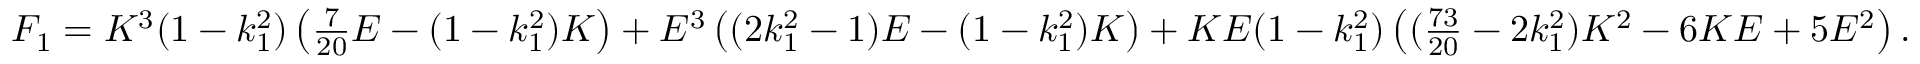
\begin{array} { r } { F _ { 1 } = K ^ { 3 } ( 1 - k _ { 1 } ^ { 2 } ) \left( \frac { 7 } { 2 0 } E - ( 1 - k _ { 1 } ^ { 2 } ) K \right) + E ^ { 3 } \left( ( 2 k _ { 1 } ^ { 2 } - 1 ) E - ( 1 - k _ { 1 } ^ { 2 } ) K \right) + K E ( 1 - k _ { 1 } ^ { 2 } ) \left( ( \frac { 7 3 } { 2 0 } - 2 k _ { 1 } ^ { 2 } ) K ^ { 2 } - 6 K E + 5 E ^ { 2 } \right) . } \end{array}